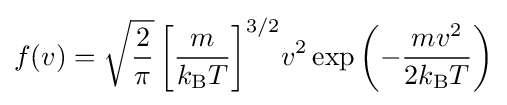
f(v)={\sqrt {\frac {2}{\pi }}}\,{\biggl [}{\frac {m}{k_{\text{B}}T}}{\biggr ]}^{3/2}v^{2}\exp \left(-{\frac {mv^{2}}{2k_{\text{B}}T}}\right)